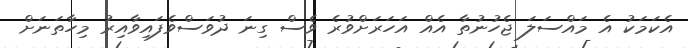
އެކަމަކު އެ މައްސަލަ ޖެހުނުތާ އެއް އަހަރަށްވުރެ ވެސް ގިނަ ދުވަސްވެފައިވާއިރު މިހާތަނަށް